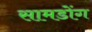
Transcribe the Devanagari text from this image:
सामडोंग